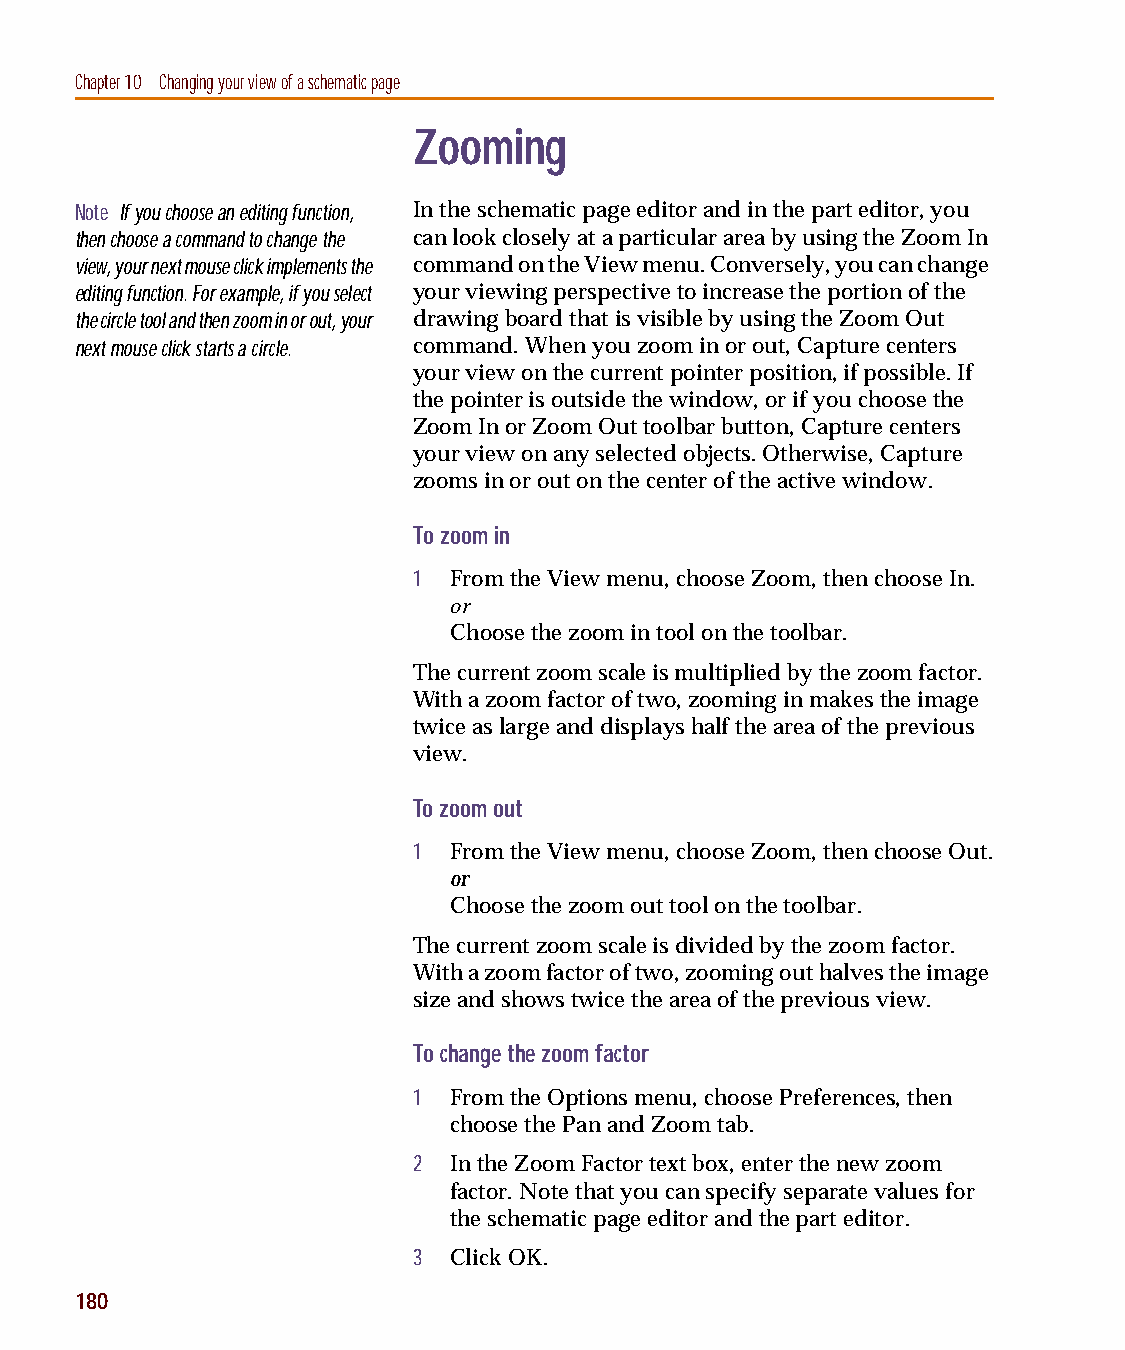
capug.book Page 180 Thursday, November 12, 1998 3:38 PM
 Chapter 10 Changing your view of a schematic page
 Zooming
 Note If you choose an editing function, In the schematic page editor and in the part editor, you
 then choose a command to change the can look closely at a particular area by using the Zoom In
 view, your next mouse click implements the command on the View menu. Conversely, you can change
 editing function. For example, if you select your viewing perspective to increase the portion of the
 the circle tool and then zoom in or out, your drawing board that is visible by using the Zoom Out
 next mouse click starts a circle. command. When you zoom in or out, Capture centers
 your view on the current pointer position, if possible. If
 the pointer is outside the window, or if you choose the
 Zoom In or Zoom Out toolbar button, Capture centers
 your view on any selected objects. Otherwise, Capture
 zooms in or out on the center of the active window.
 To zoom in
 1  From the View menu, choose Zoom, then choose In.
 or
 Choose the zoom in tool on the toolbar.
 The current zoom scale is multiplied by the zoom factor.
 With a zoom factor of two, zooming in makes the image
 twice as large and displays half the area of the previous
 view.
 To zoom out
 1  From the View menu, choose Zoom, then choose Out.
 or
 Choose the zoom out tool on the toolbar.
 The current zoom scale is divided by the zoom factor.
 With a zoom factor of two, zooming out halves the image
 size and shows twice the area of the previous view.
 To change the zoom factor
 1  From the Options menu, choose Preferences, then
 choose the Pan and Zoom tab.
 2  In the Zoom Factor text box, enter the new zoom
 factor. Note that you can specify separate values for
 the schematic page editor and the part editor.
 3  Click OK.
 180